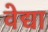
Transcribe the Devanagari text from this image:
वेद्या